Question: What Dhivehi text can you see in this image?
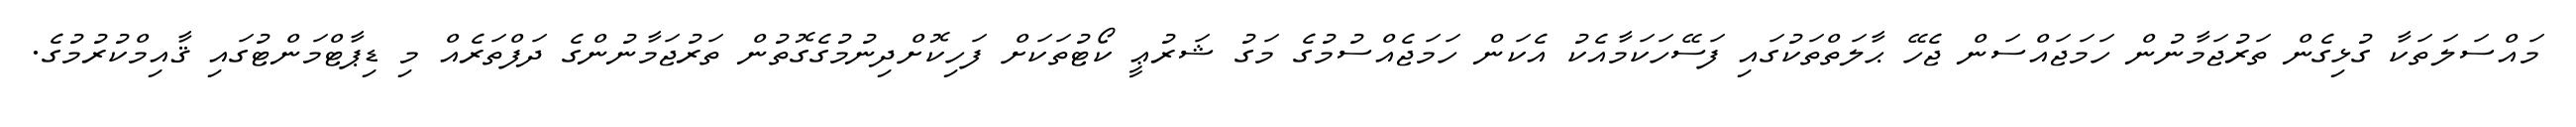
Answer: މައްސަލަތަކާ ގުޅިގެން ތަރުޖަމާނުން ހަމަޖައްސަން ޖެހޭ ޙާލަތްތަކުގައި ފަސޭހަކަމާއެކު އެކަން ހަމަޖެއްސުމުގެ މަގު ޝަރުޢީ ކޯޓުތަކަށް ފަހިކޮށްދިނުމުގެގޮތުން ތަރުޖަމާނުންގެ ދަފްތަރެއް މި ޑިޕާޓްމަންޓުގައި ޤާއިމްކުރުމުގެ.